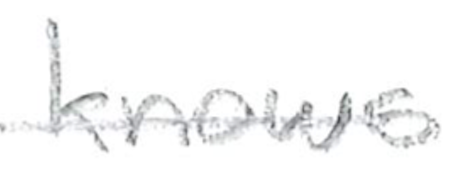
Text: knows
Cross-out: single-line
Writing tool: pencil